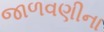
જાળવણીના